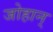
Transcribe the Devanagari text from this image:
जोहान्